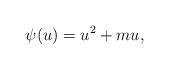
LaTeX: \begin{align*}\psi(u)=u^2+mu,\end{align*}